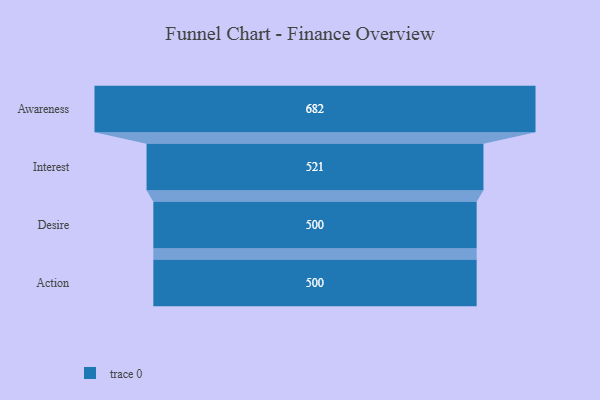
{"axis": {"x": "Stage", "y": "Value"}, "legend": [""], "data": [{"x": "Awareness", "y": 682.0, "type": ""}, {"x": "Interest", "y": 521.0, "type": ""}, {"x": "Desire", "y": 500, "type": ""}, {"x": "Action", "y": 500, "type": ""}]}